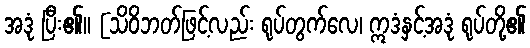
အဒုံ ပြီး၏။ [သိဝိဘတ်ဖြင့်လည်း ရုပ်တွက်လေ၊ ဣဒံနှင့်အဒုံ ရုပ်တို့၏